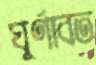
ঘূর্ণাবত